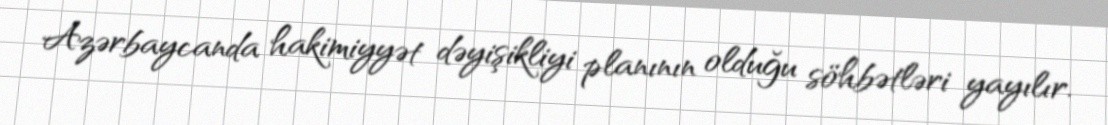
Azərbaycanda hakimiyyət dəyişikliyi planının olduğu söhbətləri yayılır.